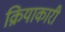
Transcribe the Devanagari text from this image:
क्रियाकारी